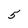
Character: 5